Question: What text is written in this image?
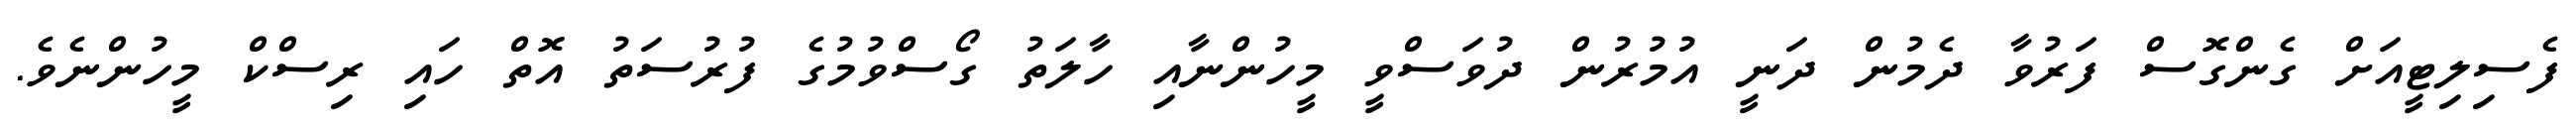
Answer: ފެސިލިޓީއަށް ގެންގޮސް ފަރުވާ ދެމުން ދަނީ އުމުރުން ދުވަސްވީ މީހުންނާއި ހާލަތު ގޯސްވުމުގެ ފުރުސަތު އޮތް ހައި ރިސްކް މީހުންނެވެ.